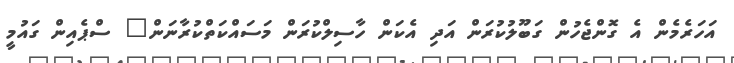
އަހަރެމެން އެ ގޮންޖެހުން ގަބޫލުކުރަން އަދި އެކަން ހާސިލްކުރަން މަސައްކަތްކުރާނަން" ސްޕެއިން ގައުމީ